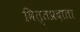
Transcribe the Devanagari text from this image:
वित्तप्रदाता